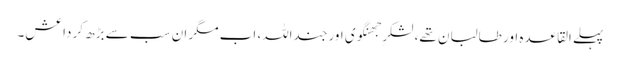
پہلے القاعدہ اور طالبان تھے، لشکرِ جھنگوی اور جنداللہ، اب مگر ان سب سے بڑھ کر داعش۔